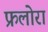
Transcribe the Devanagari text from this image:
फ्रलोरा